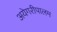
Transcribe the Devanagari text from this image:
अयेगरीपालम